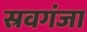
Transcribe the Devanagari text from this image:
स्रवगंजा